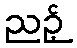
ညဉ့်